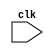
`timescale 1ns / 1ps
//////////////////////////////////////////////////////////////////////////////////
// Company: 
// Engineer: 
// 
// Design Name: 
// Module Name: gray_counter
// Project Name: 
// Target Devices: 
// Tool Versions: 
// Description: 
// 
// Dependencies: 
// 
// Revision:
// Revision 0.01 - File Created
// Additional Comments:
// 
//////////////////////////////////////////////////////////////////////////////////


module gray_counter(clk);

    input wire clk;
    
    reg [4:0] counter;
    
    //STATES
    reg present, next;
    //reg states;
    parameter state_0 = 0; 
    parameter state_1 = 1; 
    
    initial begin
        present <= 0;
        next <= 0;
        counter <= 5'h00;
        
    end
    
    always@(posedge clk)begin
    
        present = next;
        
        case(present)
            
            state_0: begin
                
                counter[0] = !counter[0];
                next = state_1;
            end
            
            state_1: begin
                
                if (counter[0]) counter[1] <= !counter[1];
                else begin
                    if (counter[1]) counter[2] <= !counter[2];
                    else begin 
                        if (counter[2]) counter[3] <= !counter[3];  
                        else begin
                            if (counter[3]) counter[4] <= !counter[4];
                            //else counter <= 5'h00;
                        end 
                    end
                end
                next = state_0;
            end
        
        endcase
    end  
    
endmodule